Vabadussoja_Ajaloo_Komitee, lk 17
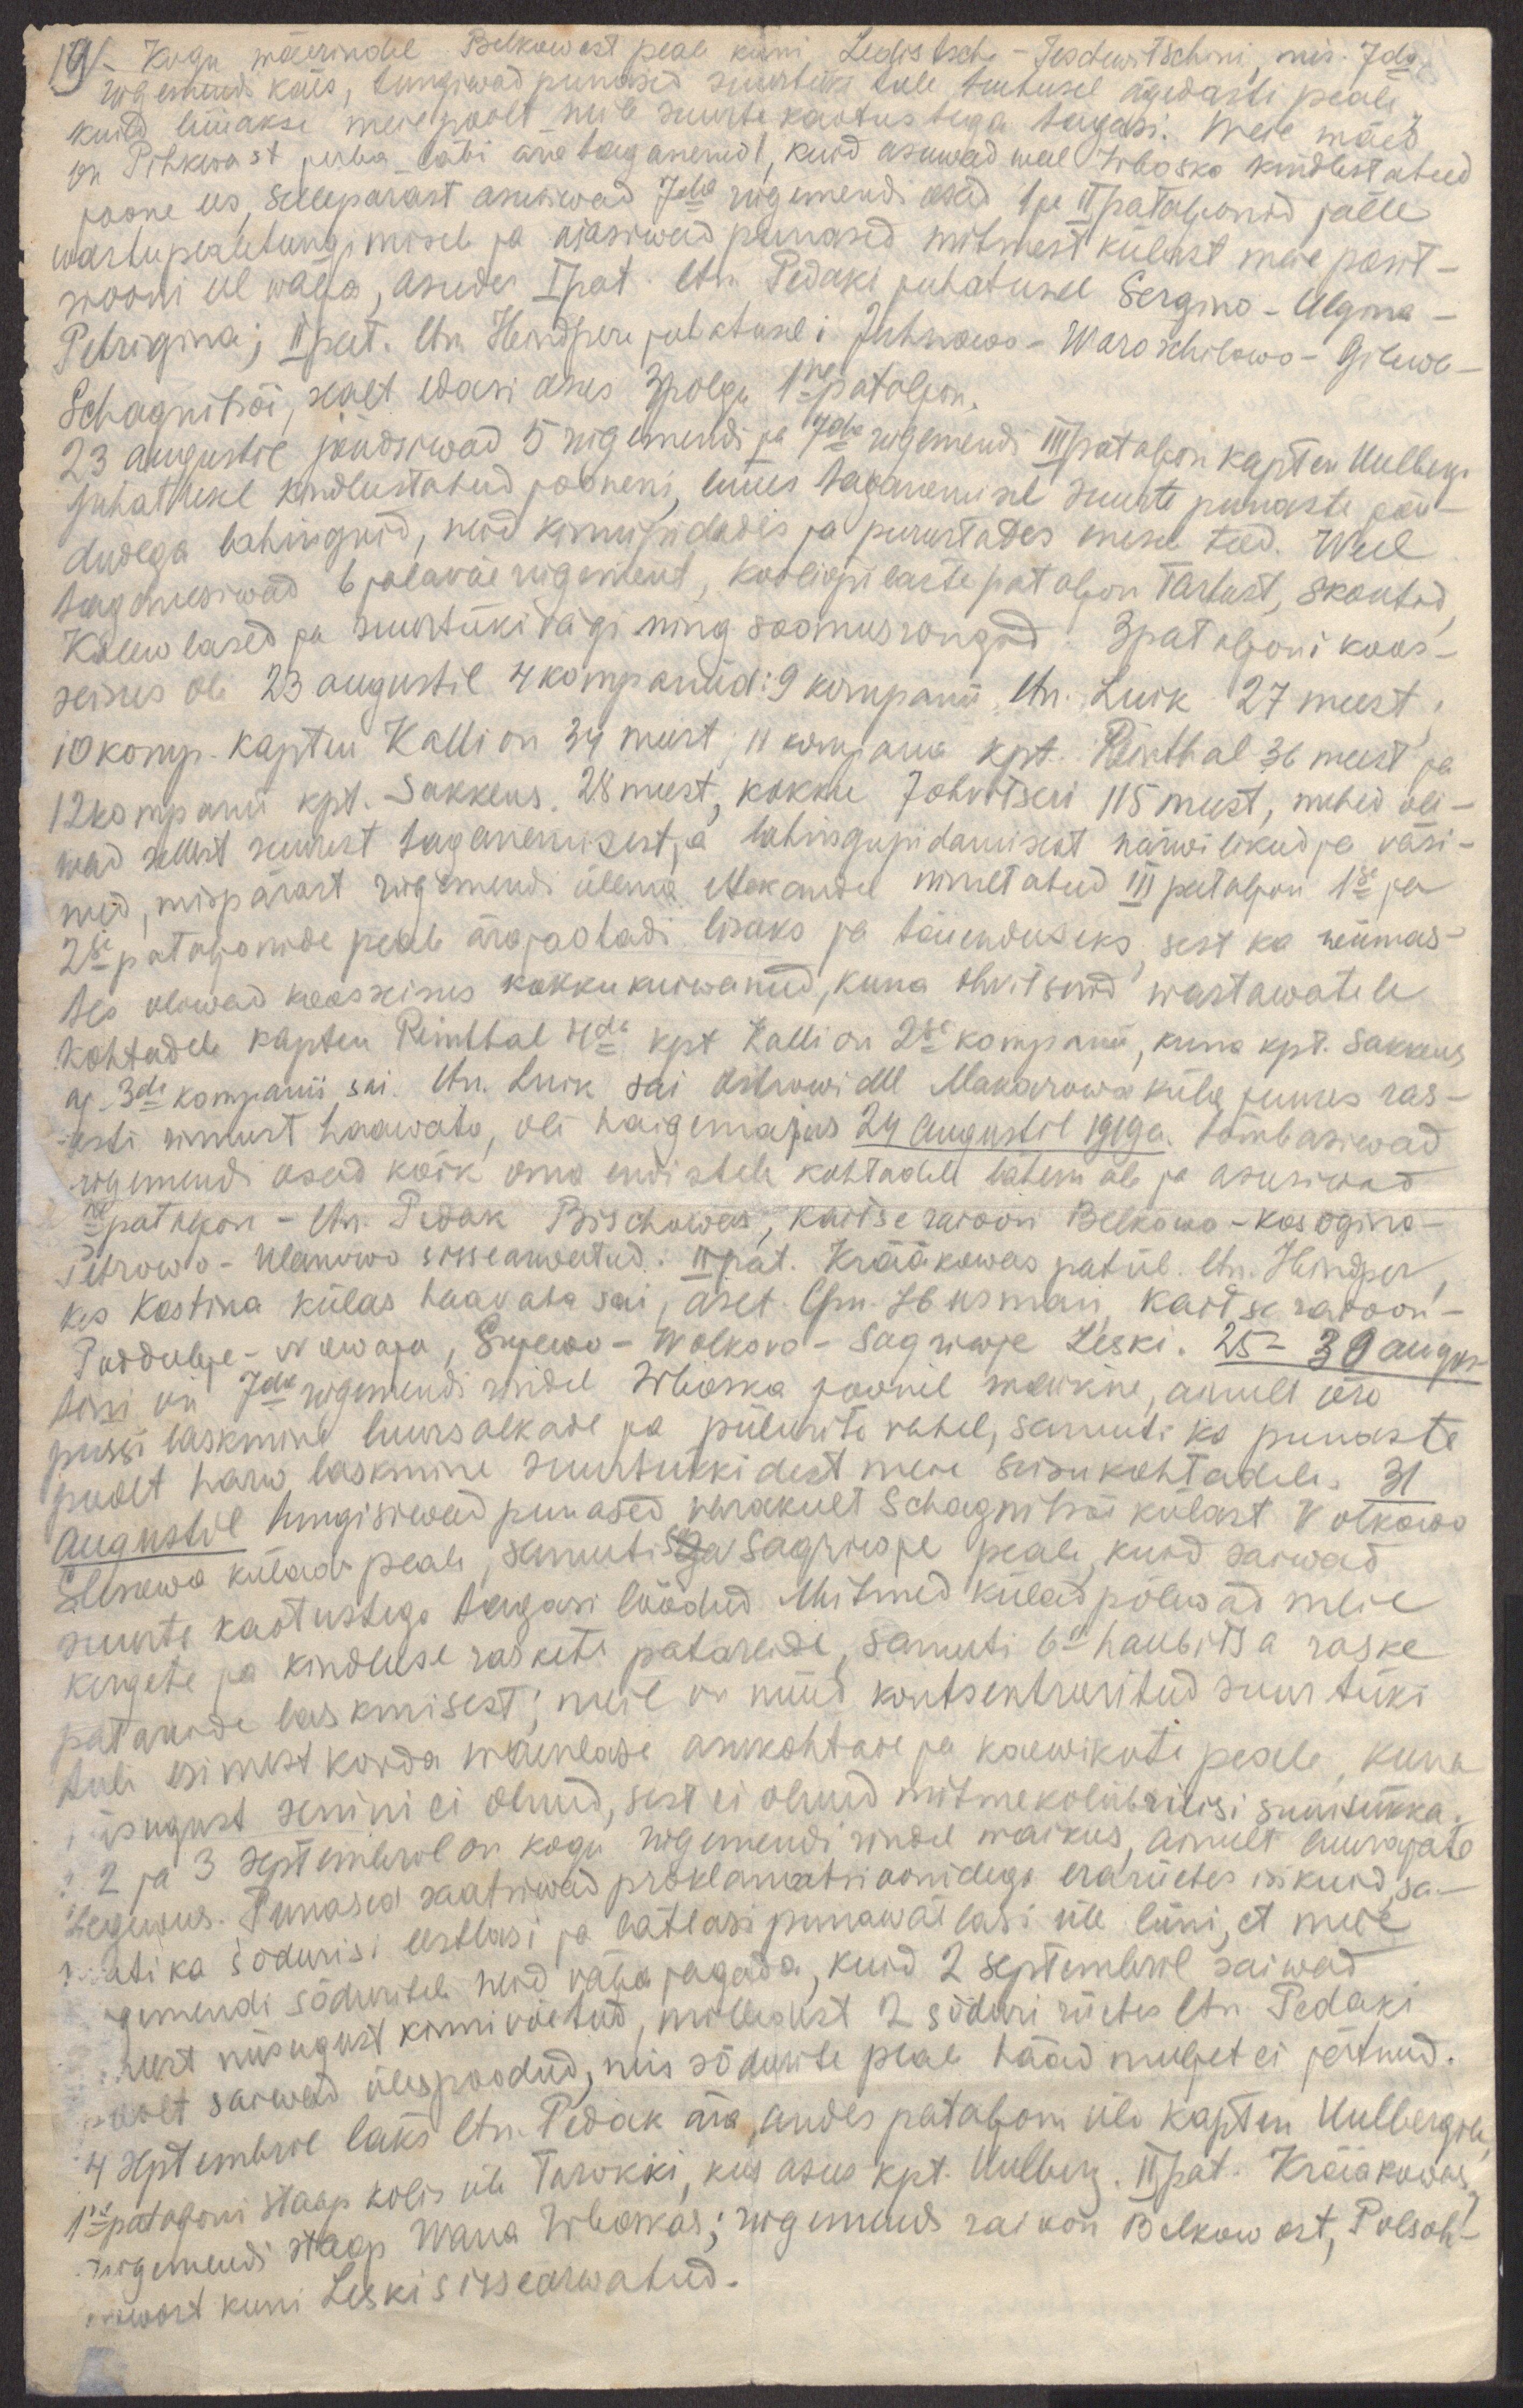
19)
Kogu wäerindel Belkowast peale kuni Ledistsche - Teschewitschini, mis 7da
rügemendi käes, tungiwad punased suurtüki tule toetusel ägedasti peale,
kuid lüüakse meie poolt neile suurte kaotustega tagasi. Meie wäed
on Pihkwast juba läbi ära taganenud, kuid asuwad weel Irboska kindlustatud
joone ees, sellepärast asusiwad 7da rügemendi osad, 1 ja II pataljonid jälle
wastupealetungimisele ja ajasiwad punased mitmest külast meie posit-
siooni eel wälja, asudes I pat. ltn. Pedaki juhatusel Sergino - Ulgina -
Petrigina; II pat. ltn Hindpere juhatusel:  Juhnowo - Woroschilowo - Gilewa -
Schagnitsõi, sealt edasi asus 3 polgu 1ne pataljon.
23 augustil jõudsiwad 5 rügemendi ja 7da rügemendi III pataljoni kapten Uulbergi
juhatusel kindlustatud jooneni, lüües taganemisel suurte punaste jõu-
dudega lahinguid, neid kinnipidades ja purustades enesele teed. Weel
taganesiwad 6 jalaväe rügement, kooliõpilaste pataljon Tartust, skoutid,
Kalewlased ja suurtükivägi ning soomusrongid. 3 pataljoni koos-
seisus oli 23 augustil 4 kompaniid: 9 kompanii, ltn. Luik 27 meest,
10 komp. kapten Kallion 34 meest; 11 kompanii kapt. Reinthal 36 meest ja
12 kompanii kpt. Sakkeus, 28 meest, kokku 7 ohvitseri 115 meest, mehed oli-
wad sellest suurest taganemisest ja lahingupidamisest närwilikud ja väsi-
nud, mispärast rügemendi ülema ettekandel nimetatud III pataljon 1se ja
2se pataljonide peale ärajaotadi lisaks ja täienduseks, sest ka wiimas-
tes oliwad koosseisus kokkukuiwanud, kuna ohvitserid wastawatele
kohtadele kapten Reinthal 4da kpt. Kallion 2se kompanii, kuna kpt Sakkeus
aj, 3da kompanii sai. ltn. Luik sai Ostrowi all Makarowa küla juures ras-
gesti rinnust haawata, oli haigemajas 24 augustil 1919a. tõmbasiwad
rügemendi osad kõik oma endistele kohtadele lähemale ja asusiwad
Ine pataljon - ltn. Pedak Bischowas, kaitseraioon Belkowo - kosogino -
Petrowo - Ulanowo sissearwatud. II pat. Krääkowas patül. ltn. Hindper,
kes Kostina külas haavata sai, aset. lpn. Husman kaitseraioon -
Poddubje - Nowaja, Sujewo - Wolkovo - Sagriwje Leski. 25-30 augus-
tini on 7da rügemendi  rindel Irboska joonel waikne, ainult ühe
püssi laskmine luursalkade ja piilurite vahel, samuti ka punaste
poolt harw laskmine suurtükkidest meie seisukohtadele. 31
Augustil tungisiwad punased varakult Schagnitsõi külast Volkowo
Slesowo külade peale, samuti Sga Sagriwje peale, kuid saiwad
suurte kaotustega tagasi löödud. Mitmed külad põlewad meie
kergete ja kindluse raskete patareide, samuti 6e haubitsa raske
patareide laskmisest, meil on nüüd kontsenteeritud suurtüki
tuli esimest korda waenlase asukohtade ja kaewikute peale, kuna
niisugust senini ei olnud, sest ei olnud mitmekaliibrilisi suurtükka.
2 ja 3 septembril on kogu rügemendi rindel waikus, ainult luurajate
tegewus. Punased saatsiwad proklamatsioonidega erariietes isikuid, sa-
muti ka sõdurisi eestlasi ja lätlasi punawäelasi üle liini, et meie
rügemendi sõduritele neid välja jagada, kuid 2 septembril saiwad
- meest niisugust kinnivõetud, milledest 2 sõduri riietes ltn. Pedaki
poolt saawad ülespoodud, mis sõdurite peale hääd muljet ei jätnud.
4 septembril läks ltn. Pedak ära, andes pataljon üle kapten Uulbergile,
1ne pataljoni staap kolis üle Turokki, kus asus kpt. Uulberg. II pat. Krääkowas,
rügemendi staap Wana Irboskas; rügemendi raioon Belkowost, Polsoh-
newost kuni Leski sissearwatud.